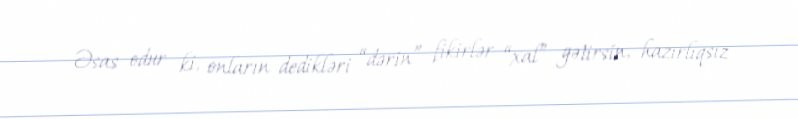
Əsas odur ki, onların dedikləri “dərin” fikirlər “xal” gətirsin, hazırlıqsız